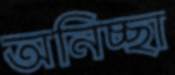
অনিচ্ছা